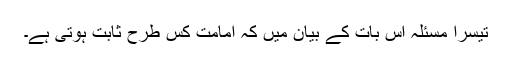
تیسرا مسئلہ اس بات کے بیان میں کہ امامت کس طرح ثابت ہوتی ہے۔